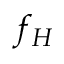
f _ { H }